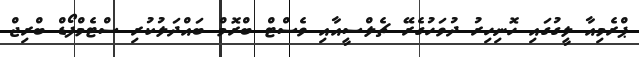
ޕްރެމިއާ ލީގުގައި ހޮނިހިރު ދުވަހުގެރޭ ޗެލްސީއާއި ވެސްޓް ބްރޮމް ބައްދަލުކުރި ސްޓެމްފޯޑް ބްރިޖް